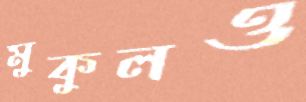
মুকুলও